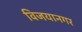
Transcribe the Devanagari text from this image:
विजयानगर